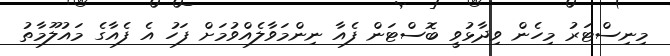
މިނިސްޓަރު މިހެން ވިދާޅުވީ ބޮސްޓަން ފެއާ ނިންމަވާލެއްވުމަށް ފަހު އެ ފެއާގެ މައުލޫމާތު